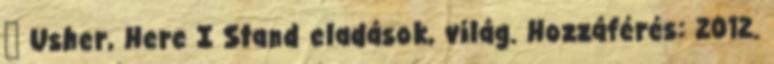
↑ Usher, Here I Stand eladások, világ. Hozzáférés: 2012.